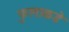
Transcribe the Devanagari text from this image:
फुलाकडे